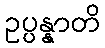
ဥပ္ပန္နာတိ